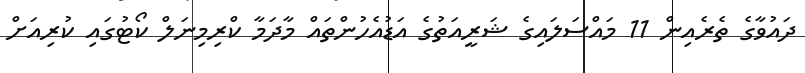
ދައުވާގެ ތެރެއިން 11 މައްސަލައިގެ ޝަރީއަތުގެ އަޑުއެހުންތައް މާދަމާ ކްރިމިނަލް ކޯޓުގައި ކުރިއަށް